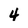
Character: 4